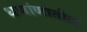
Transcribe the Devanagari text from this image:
धणांणातील